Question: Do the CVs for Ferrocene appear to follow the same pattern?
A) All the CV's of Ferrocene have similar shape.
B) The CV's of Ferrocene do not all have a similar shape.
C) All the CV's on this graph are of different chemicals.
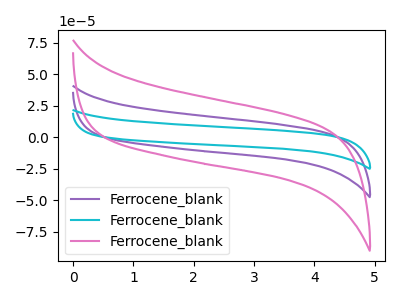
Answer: <think>The purple curve "Ferrocene_blank1" has no peaks. The cyan curve "Ferrocene_blank2" has no peaks. The pink curve "Ferrocene_blank3" has no peaks.
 Neither "Ferrocene_blank1" or "Ferrocene_blank2" have any peaks. Neither "Ferrocene_blank1" or "Ferrocene_blank3" have any peaks. Neither "Ferrocene_blank2" or "Ferrocene_blank3" have any peaks.</think>
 <answer>A) All the CV's of "Ferrocene" have similar shape.</answer>
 <eval>A</eval>